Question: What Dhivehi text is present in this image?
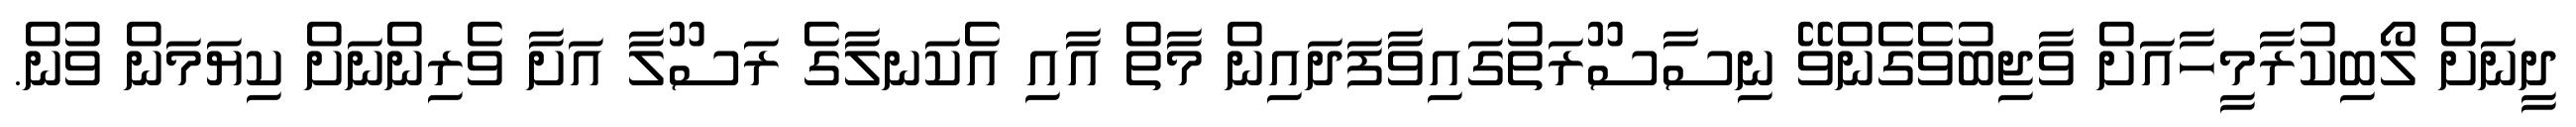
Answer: ދީނަށް ލޯބިކުރާމީހާއަށް ވާޖިބުވެގެންވޭ ނިސާސޫރަތުގައިވާފަދައިން މާތް އާއި އެކަނލާގެ ރަސޫލާ އަށާ ވެރިންނަށް ކިޔަމަން ވުން.